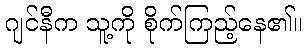
ဂျင်နီက သူ့ကို စိုက်ကြည့်နေ၏။